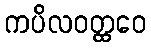
ကပိလဝတ္ထဝေ